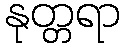
နုတ္တရာ